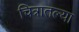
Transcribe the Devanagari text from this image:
चित्रातल्या